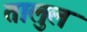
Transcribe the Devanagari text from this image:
तालुल